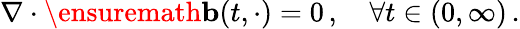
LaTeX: \nabla\cdot\ensuremath{\mathbf{b}}(t,\cdot)=0\, ,\quad\forall t\in(0,\infty)\, .